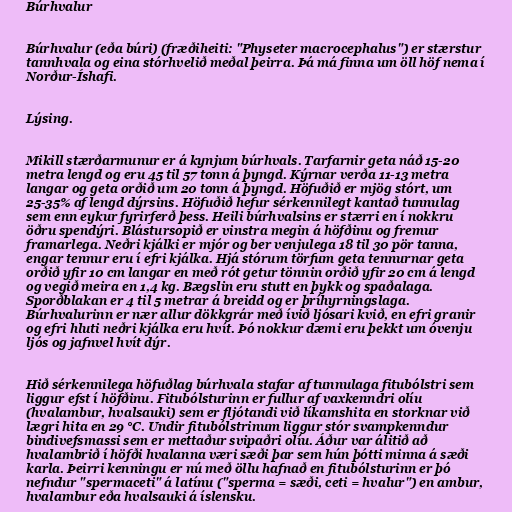
Búrhvalur

Búrhvalur (eða búri) (fræðiheiti: "Physeter macrocephalus") er stærstur
tannhvala og eina stórhvelið meðal þeirra. Þá má finna um öll höf nema í
Norður-Íshafi.

Lýsing.

Mikill stærðarmunur er á kynjum búrhvals. Tarfarnir geta náð 15-20
metra lengd og eru 45 til 57 tonn á þyngd. Kýrnar verða 11-13 metra
langar og geta orðið um 20 tonn á þyngd. Höfuðið er mjög stórt, um
25-35% af lengd dýrsins. Höfuðið hefur sérkennilegt kantað tunnulag
sem enn eykur fyrirferð þess. Heili búrhvalsins er stærri en í nokkru
öðru spendýri. Blástursopið er vinstra megin á höfðinu og fremur
framarlega. Neðri kjálki er mjór og ber venjulega 18 til 30 pör tanna,
engar tennur eru í efri kjálka. Hjá stórum törfum geta tennurnar geta
orðið yfir 10 cm langar en með rót getur tönnin orðið yfir 20 cm á lengd
og vegið meira en 1,4 kg. Bægslin eru stutt en þykk og spaðalaga.
Sporðblakan er 4 til 5 metrar á breidd og er þríhyrningslaga.
Búrhvalurinn er nær allur dökkgrár með ívið ljósari kvið, en efri granir
og efri hluti neðri kjálka eru hvít. Þó nokkur dæmi eru þekkt um óvenju
ljós og jafnvel hvít dýr.

Hið sérkennilega höfuðlag búrhvala stafar af tunnulaga fitubólstri sem
liggur efst í höfðinu. Fitubólsturinn er fullur af vaxkenndri olíu
(hvalambur, hvalsauki) sem er fljótandi við líkamshita en storknar við
lægri hita en 29 °C. Undir fitubólstrinum liggur stór svampkenndur
bindivefsmassi sem er mettaður svipaðri olíu. Áður var álitið að
hvalambrið í höfði hvalanna væri sæði þar sem hún þótti minna á sæði
karla. Þeirri kenningu er nú með öllu hafnað en fitubólsturinn er þó
nefndur "spermaceti" á latínu ("sperma = sæði, ceti = hvalur") en ambur,
hvalambur eða hvalsauki á íslensku.